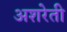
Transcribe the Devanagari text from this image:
अशरेती